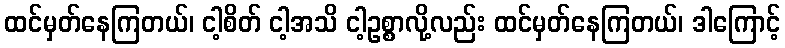
ထင်မှတ်နေကြတယ်၊ ငါ့စိတ် ငါ့အသိ ငါ့ဥစ္စာလို့လည်း ထင်မှတ်နေကြတယ်၊ ဒါကြောင့်